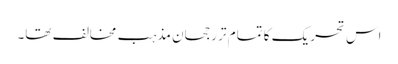
اس تحریک کا تمام تر رجحان مذہب مخالف تھا۔